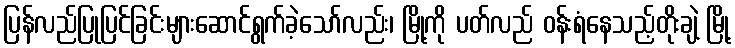
ပြန်လည်ပြုပြင်ခြင်းများဆောင်ရွက်ခဲ့သော်လည်း၊ မြို့ကို ပတ်လည် ဝန်းရံနေသည့်တိုးချဲ့ မြို့